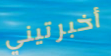
أخبرتيني